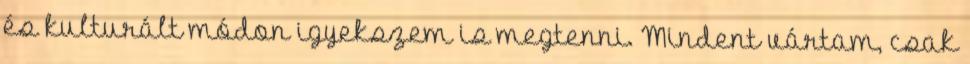
és kulturált módon igyekszem is megtenni. Mindent vártam, csak